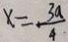
x = \frac { 3 a } { 4 }